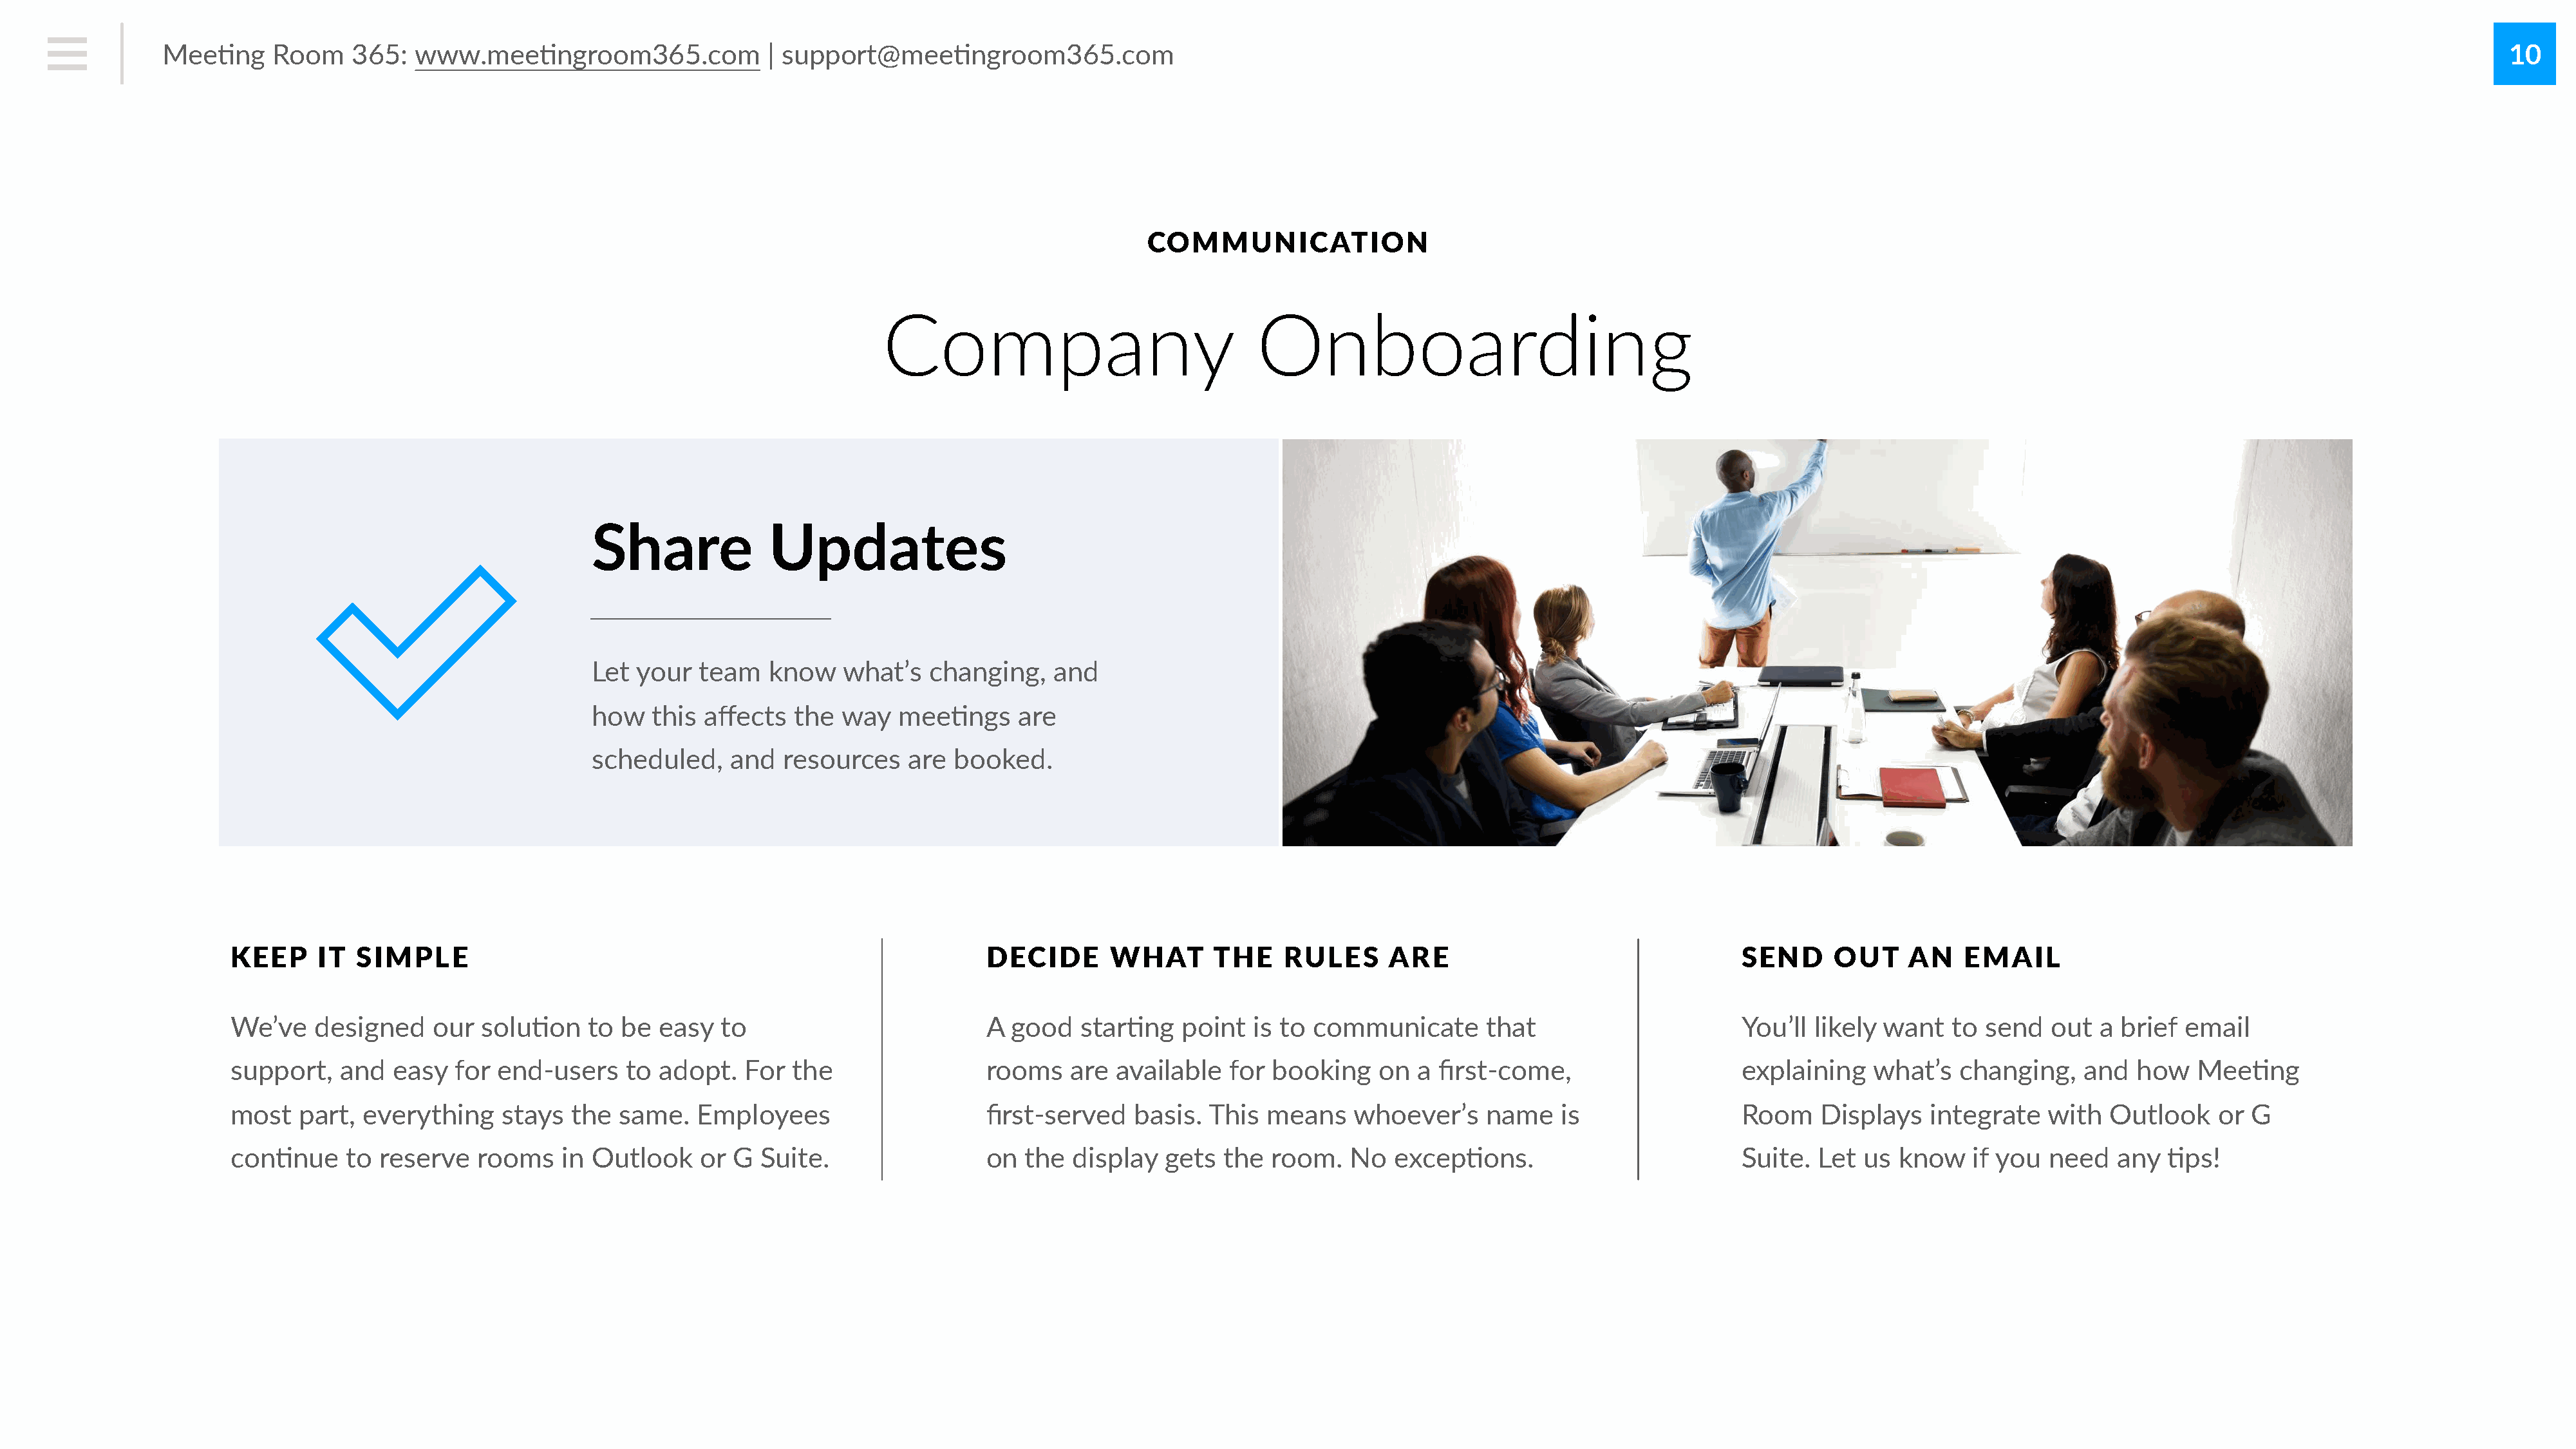
Mee#ng     Room    365:   www.mee#ngroom365.com               | support@mee#ngroom365.com                                                                                                                                                        10
 COMMUNICATION
 Company                               Onboarding
 Share             Updates
 Let your   team   know    what’s   changing,   and
 how   this affects   the way   mee#ngs      are
 scheduled,    and   resources   are  booked.
 KEEP     IT  SIMPLE                                                          DECIDE       WHAT       THE    RULES      ARE                                 SEND      OUT    AN    EMAIL
 We’ve   designed    our  solu#on    to  be  easy  to                         A  good   star#ng    point  is to communicate       that                      You’ll  likely want   to send   out  a brief  email
 support,   and  easy   for end-users    to  adopt.   For the                 rooms    are  available  for  booking    on  a first-come,                    explaining    what’s  changing,    and   how   Mee#ng
 most   part, everything     stays  the  same.   Employees                    first-served    basis. This  means    whoever’s     name   is                 Room    Displays   integrate    with  Outlook    or G
 con#nue     to reserve   rooms    in Outlook    or G  Suite.                 on  the  display   gets  the  room.   No  excep#ons.                          Suite.  Let  us know    if you  need   any  #ps!